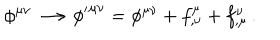
\phi ^ { \mu \nu } \longrightarrow { \phi ^ { \prime } } ^ { \mu \nu } = \phi ^ { \mu \nu } + f _ { , \nu } ^ { \mu } + f _ { , \mu } ^ { \nu } \, .